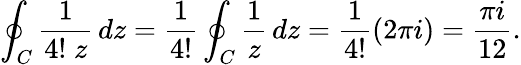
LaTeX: \oint_{C}{\frac{1}{4!\; z}}\, dz={\frac{1}{4!}}\oint_{C}{\frac{1}{z}}\, dz={\frac{1}{4!}}(2\pi i)={\frac{\pi i}{12}}.